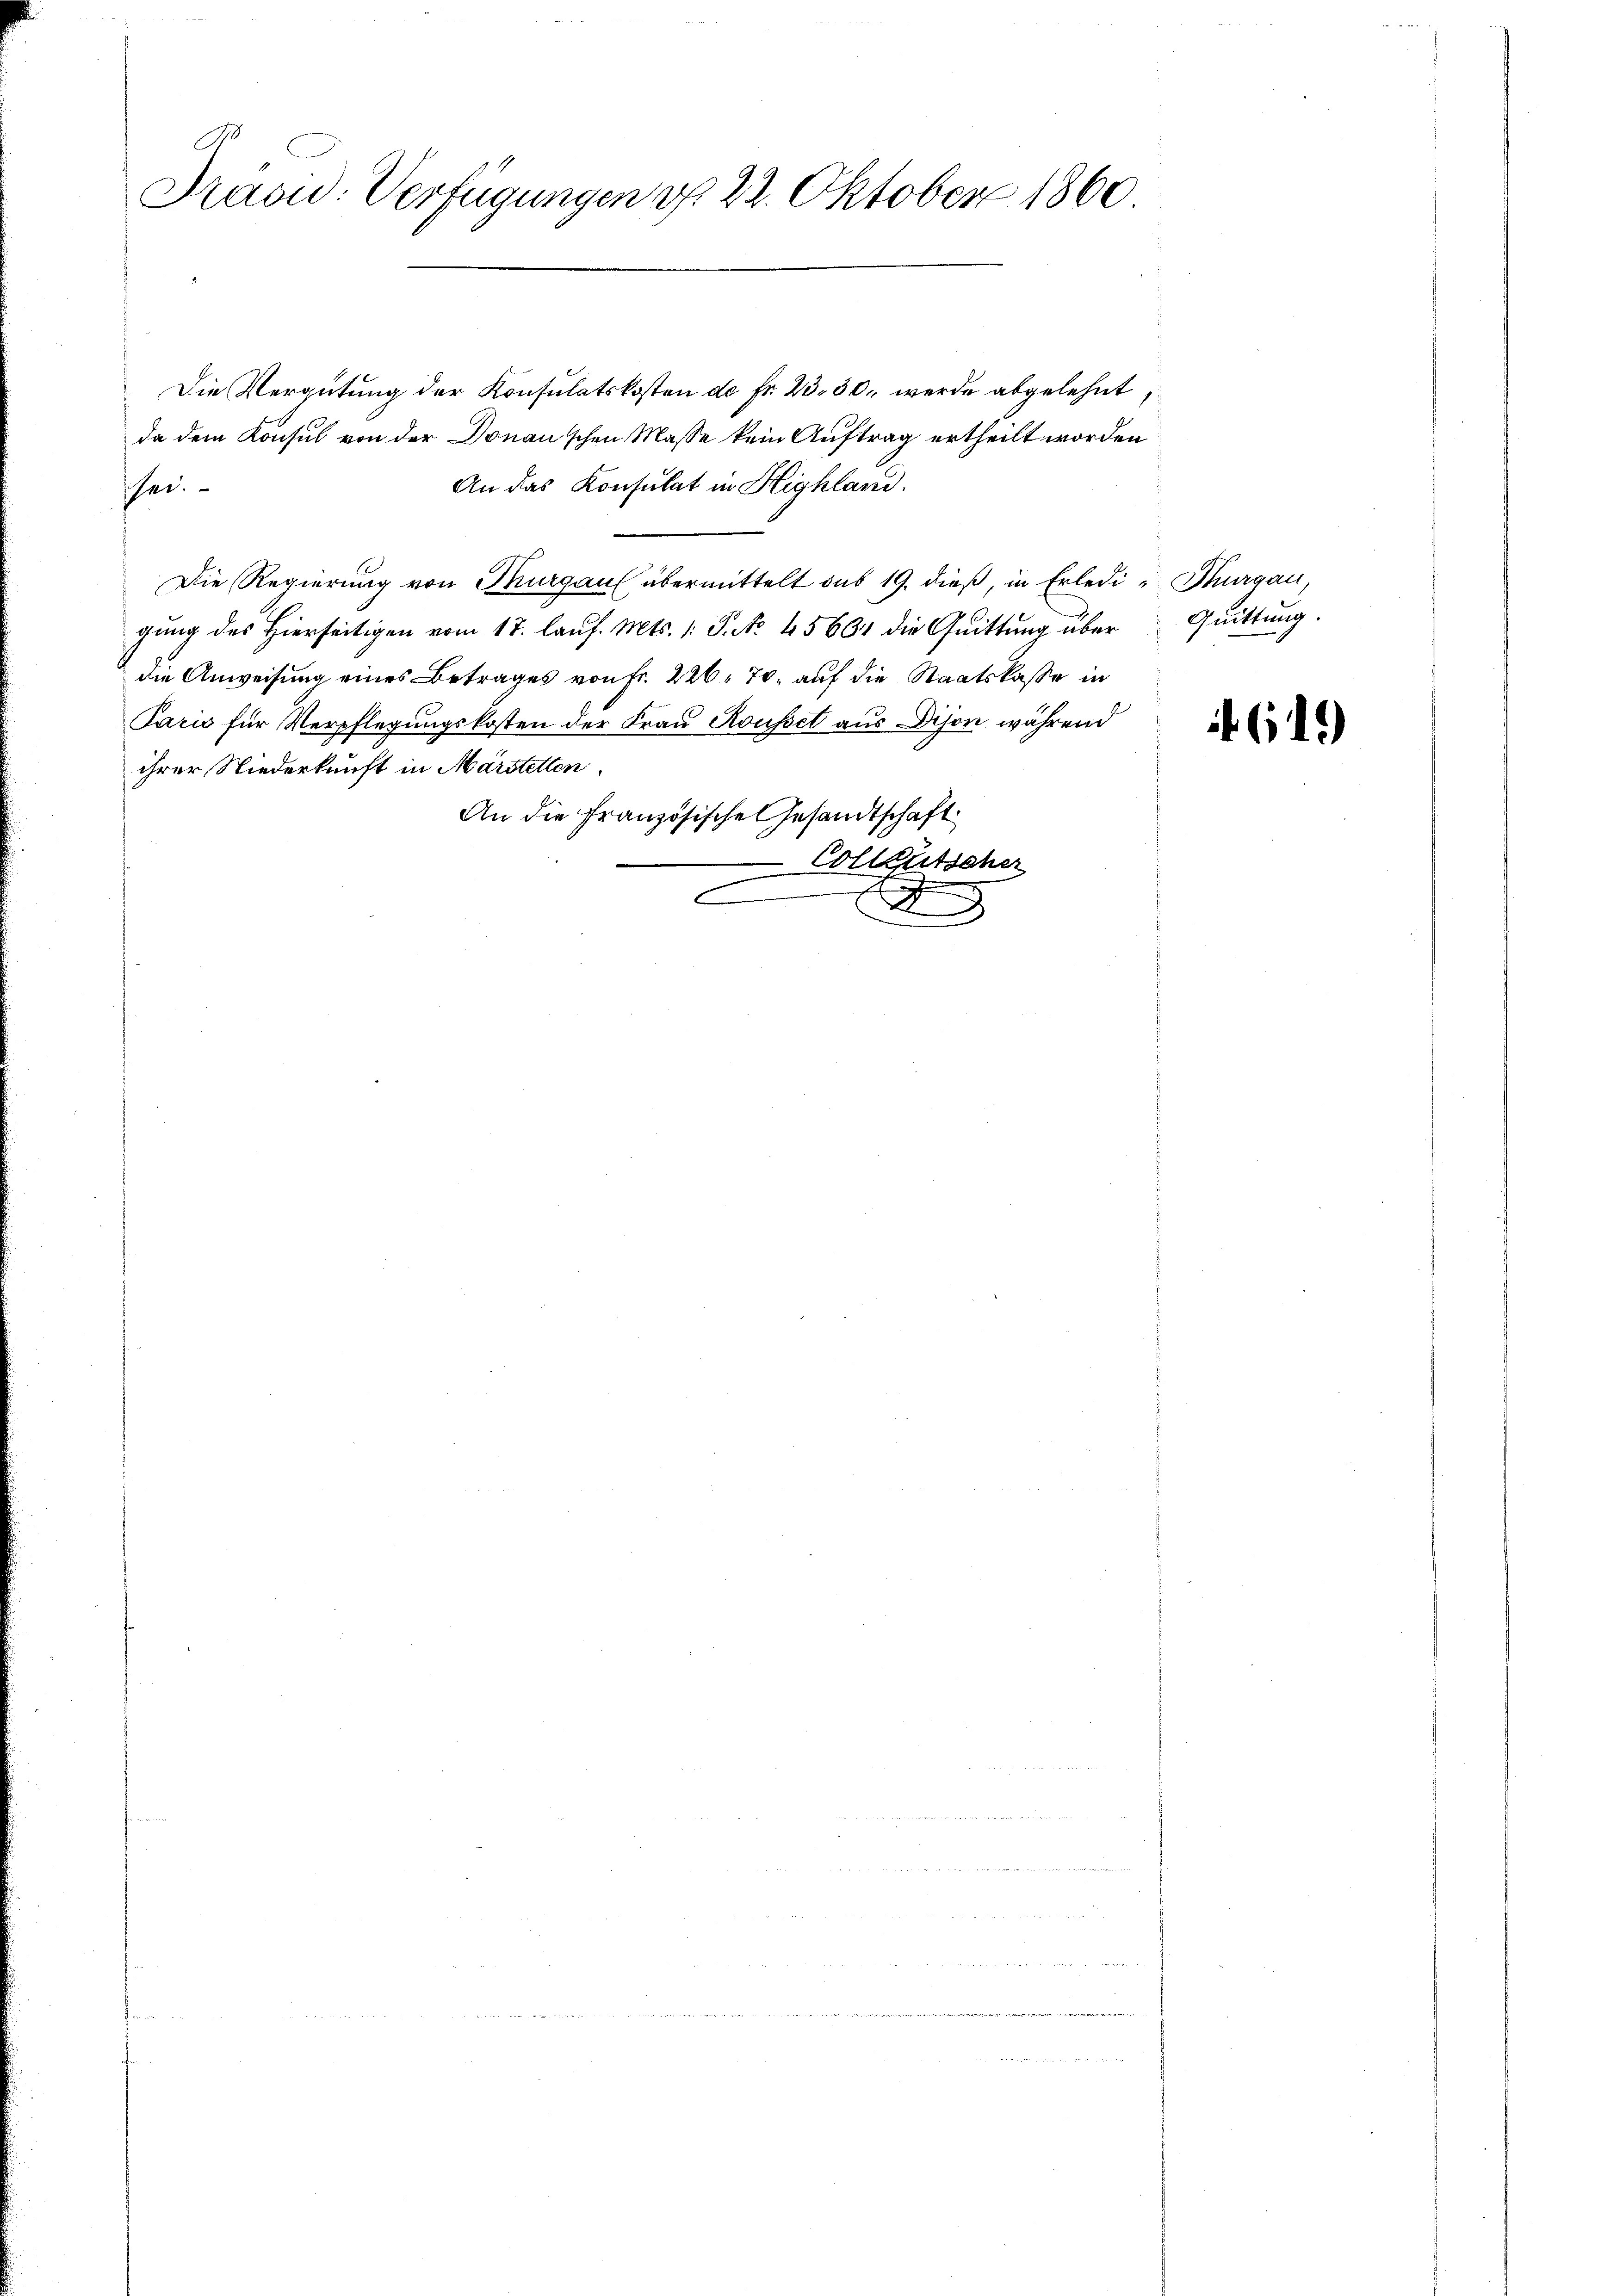
9
Frasid. Verfügungen d. 22. Oktober 1860

Die Vergütung der Konsulatskosten de fr. 23. 30, werde abgelehnt
da dem Konsul von der Donau’schen Masse kein Auftrag ertheilt worden
An das Konsulat in Highland.
ei.
Die Regierung von Thurgau übermittelt das 19. dieß, in Erledi- Thurgau,
gung des Hierseitigen vom 17. laŭf. Mts. 1. P. Nr. 45664 die Quittung über Quittung.
die Anweisung eines Betrages von Fr. 226. 70, auf die Staatskasse in
Paris für Verpflegungskosten der Frau Rousset aus Dison während
ihrer Niederkunft in Märstellen
An die Französische Gesandtschaft
Colleutscher
.

n

(19)